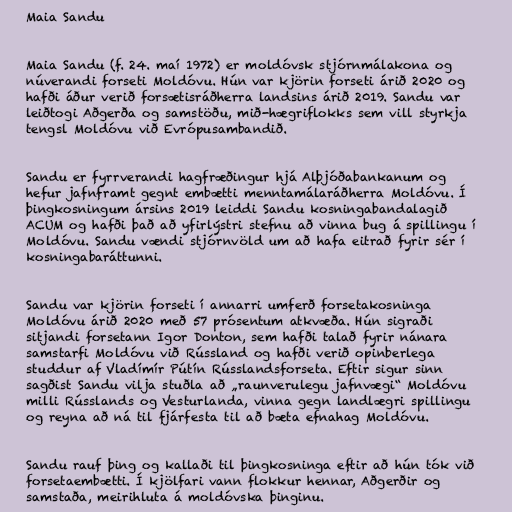
Maia Sandu

Maia Sandu (f. 24. maí 1972) er moldóvsk stjórnmálakona og
núverandi forseti Moldóvu. Hún var kjörin forseti árið 2020 og
hafði áður verið forsætisráðherra landsins árið 2019. Sandu var
leiðtogi Aðgerða og samstöðu, mið-hægriflokks sem vill styrkja
tengsl Moldóvu við Evrópusambandið.

Sandu er fyrrverandi hagfræðingur hjá Alþjóðabankanum og
hefur jafnframt gegnt embætti menntamálaráðherra Moldóvu. Í
þingkosningum ársins 2019 leiddi Sandu kosningabandalagið
ACUM og hafði það að yfirlýstri stefnu að vinna bug á spillingu í
Moldóvu. Sandu vændi stjórnvöld um að hafa eitrað fyrir sér í
kosningabaráttunni.

Sandu var kjörin forseti í annarri umferð forsetakosninga
Moldóvu árið 2020 með 57 prósentum atkvæða. Hún sigraði
sitjandi forsetann Igor Donton, sem hafði talað fyrir nánara
samstarfi Moldóvu við Rússland og hafði verið opinberlega
studdur af Vladímír Pútín Rússlandsforseta. Eftir sigur sinn
sagðist Sandu vilja stuðla að „raunverulegu jafnvægi“ Moldóvu
milli Rússlands og Vesturlanda, vinna gegn landlægri spillingu
og reyna að ná til fjárfesta til að bæta efnahag Moldóvu.

Sandu rauf þing og kallaði til þingkosninga eftir að hún tók við
forsetaembætti. Í kjölfari vann flokkur hennar, Aðgerðir og
samstaða, meirihluta á moldóvska þinginu.